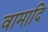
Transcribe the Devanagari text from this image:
वामादि